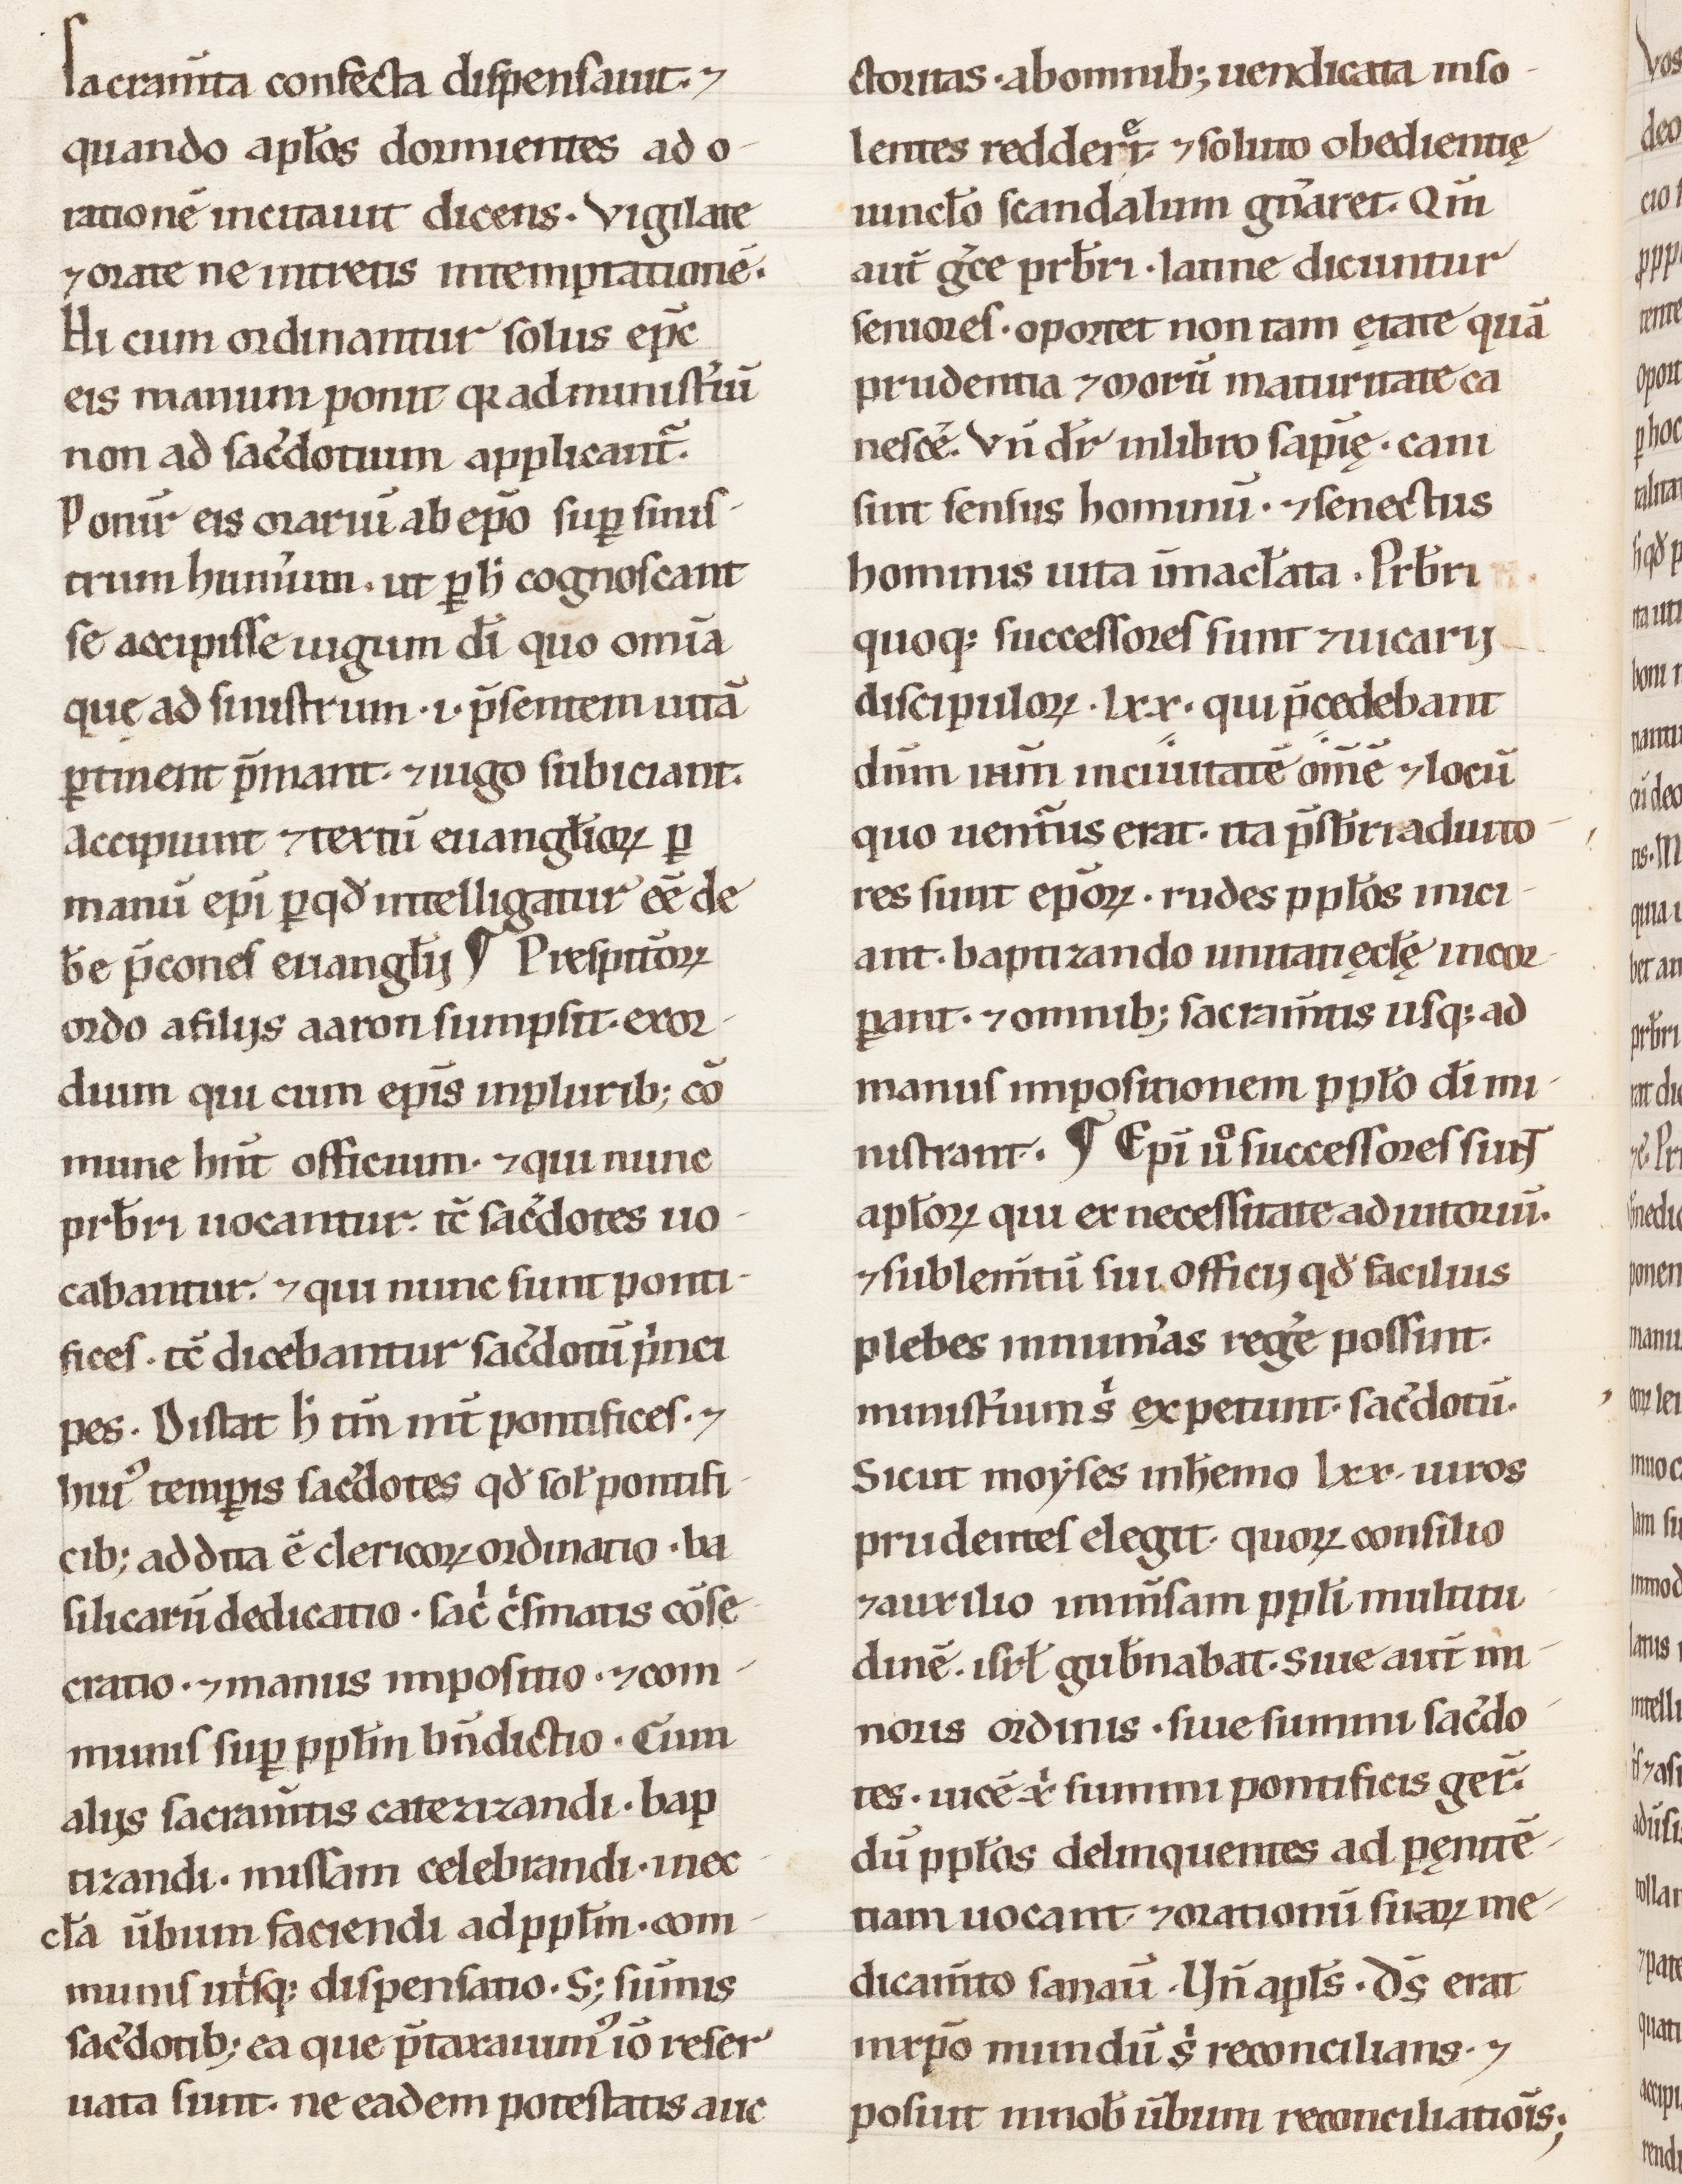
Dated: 1100–1199